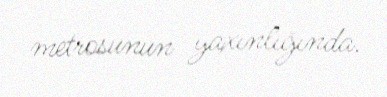
metrosunun yaxınlığında.